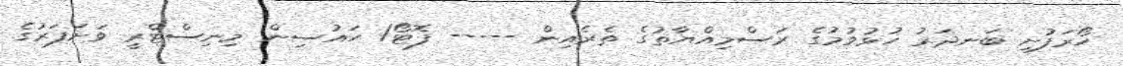
ހޯރަފުށި ބަނދަރު ހުޅުވުމުގެ ރަސްމިއްޔާތުގެ ތެރެއިން ----- ފޮޓޯ/ ހައުސިން މިނިސްޓްރީ ވަށަފަރުގެ